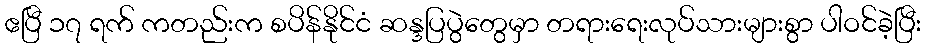
ဧပြီ ၁၇ ရက် ကတည်းက စပိန်နိုင်ငံ ဆန္ဒပြပွဲတွေမှာ တရားရေးလုပ်သားများစွာ ပါဝင်ခဲ့ပြီး